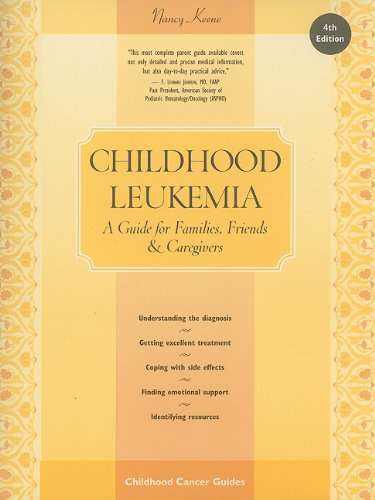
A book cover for Childhood Leukemia: A guide for Families, Friends & Caregivers (Patient Centered Guides); Nancy Keene; Health, Fitness & Dieting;